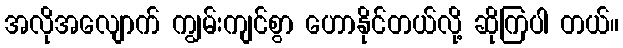
အလိုအလျောက် ကျွမ်းကျင်စွာ ဟောနိုင်တယ်လို့ ဆိုကြပါ တယ်။